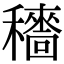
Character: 𥣱